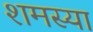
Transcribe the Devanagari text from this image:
शमस्या